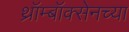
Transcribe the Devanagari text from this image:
थ्रॉम्बॉक्सेनच्या